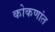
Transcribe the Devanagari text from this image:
कोकणांत